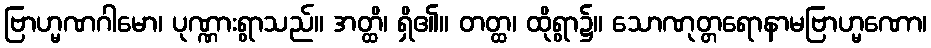
ဗြာဟ္မဏဂါမော၊ ပုဏ္ဏားရွာသည်။ အတ္ထိ၊ ရှိ၏။ တတ္ထ၊ ထိုရွာ၌။ သောဏုတ္တရောနာမဗြာဟ္မဏော၊